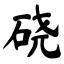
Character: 硗